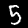
Digit: 5